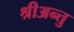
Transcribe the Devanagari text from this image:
श्रीअन्तु